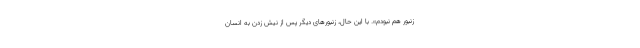
زنبور هم نبودم». با این حال، زنبورهای دیگر پس از نیش زدن به انسان